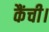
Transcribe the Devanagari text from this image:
कैंची।